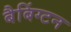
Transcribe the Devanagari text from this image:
बैबिंग्टन